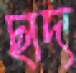
ছাদ